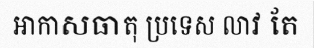
អាកាសធាតុ ប្រទេស លាវ តែ